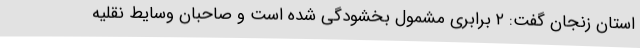
استان زنجان گفت: ۲ برابری مشمول بخشودگی شده است و صاحبان وسایط نقلیه